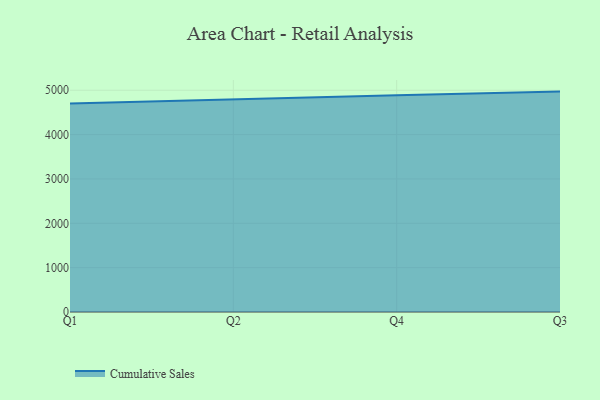
{"axis": {"x": "Quarter", "y": "Inventory Turnover"}, "legend": ["Cumulative Sales"], "data": [{"x": "Q1", "y": 4702.0, "type": "Cumulative Sales"}, {"x": "Q2", "y": 4803.9, "type": "Cumulative Sales"}, {"x": "Q4", "y": 4888.8, "type": "Cumulative Sales"}, {"x": "Q3", "y": 4969.3, "type": "Cumulative Sales"}]}